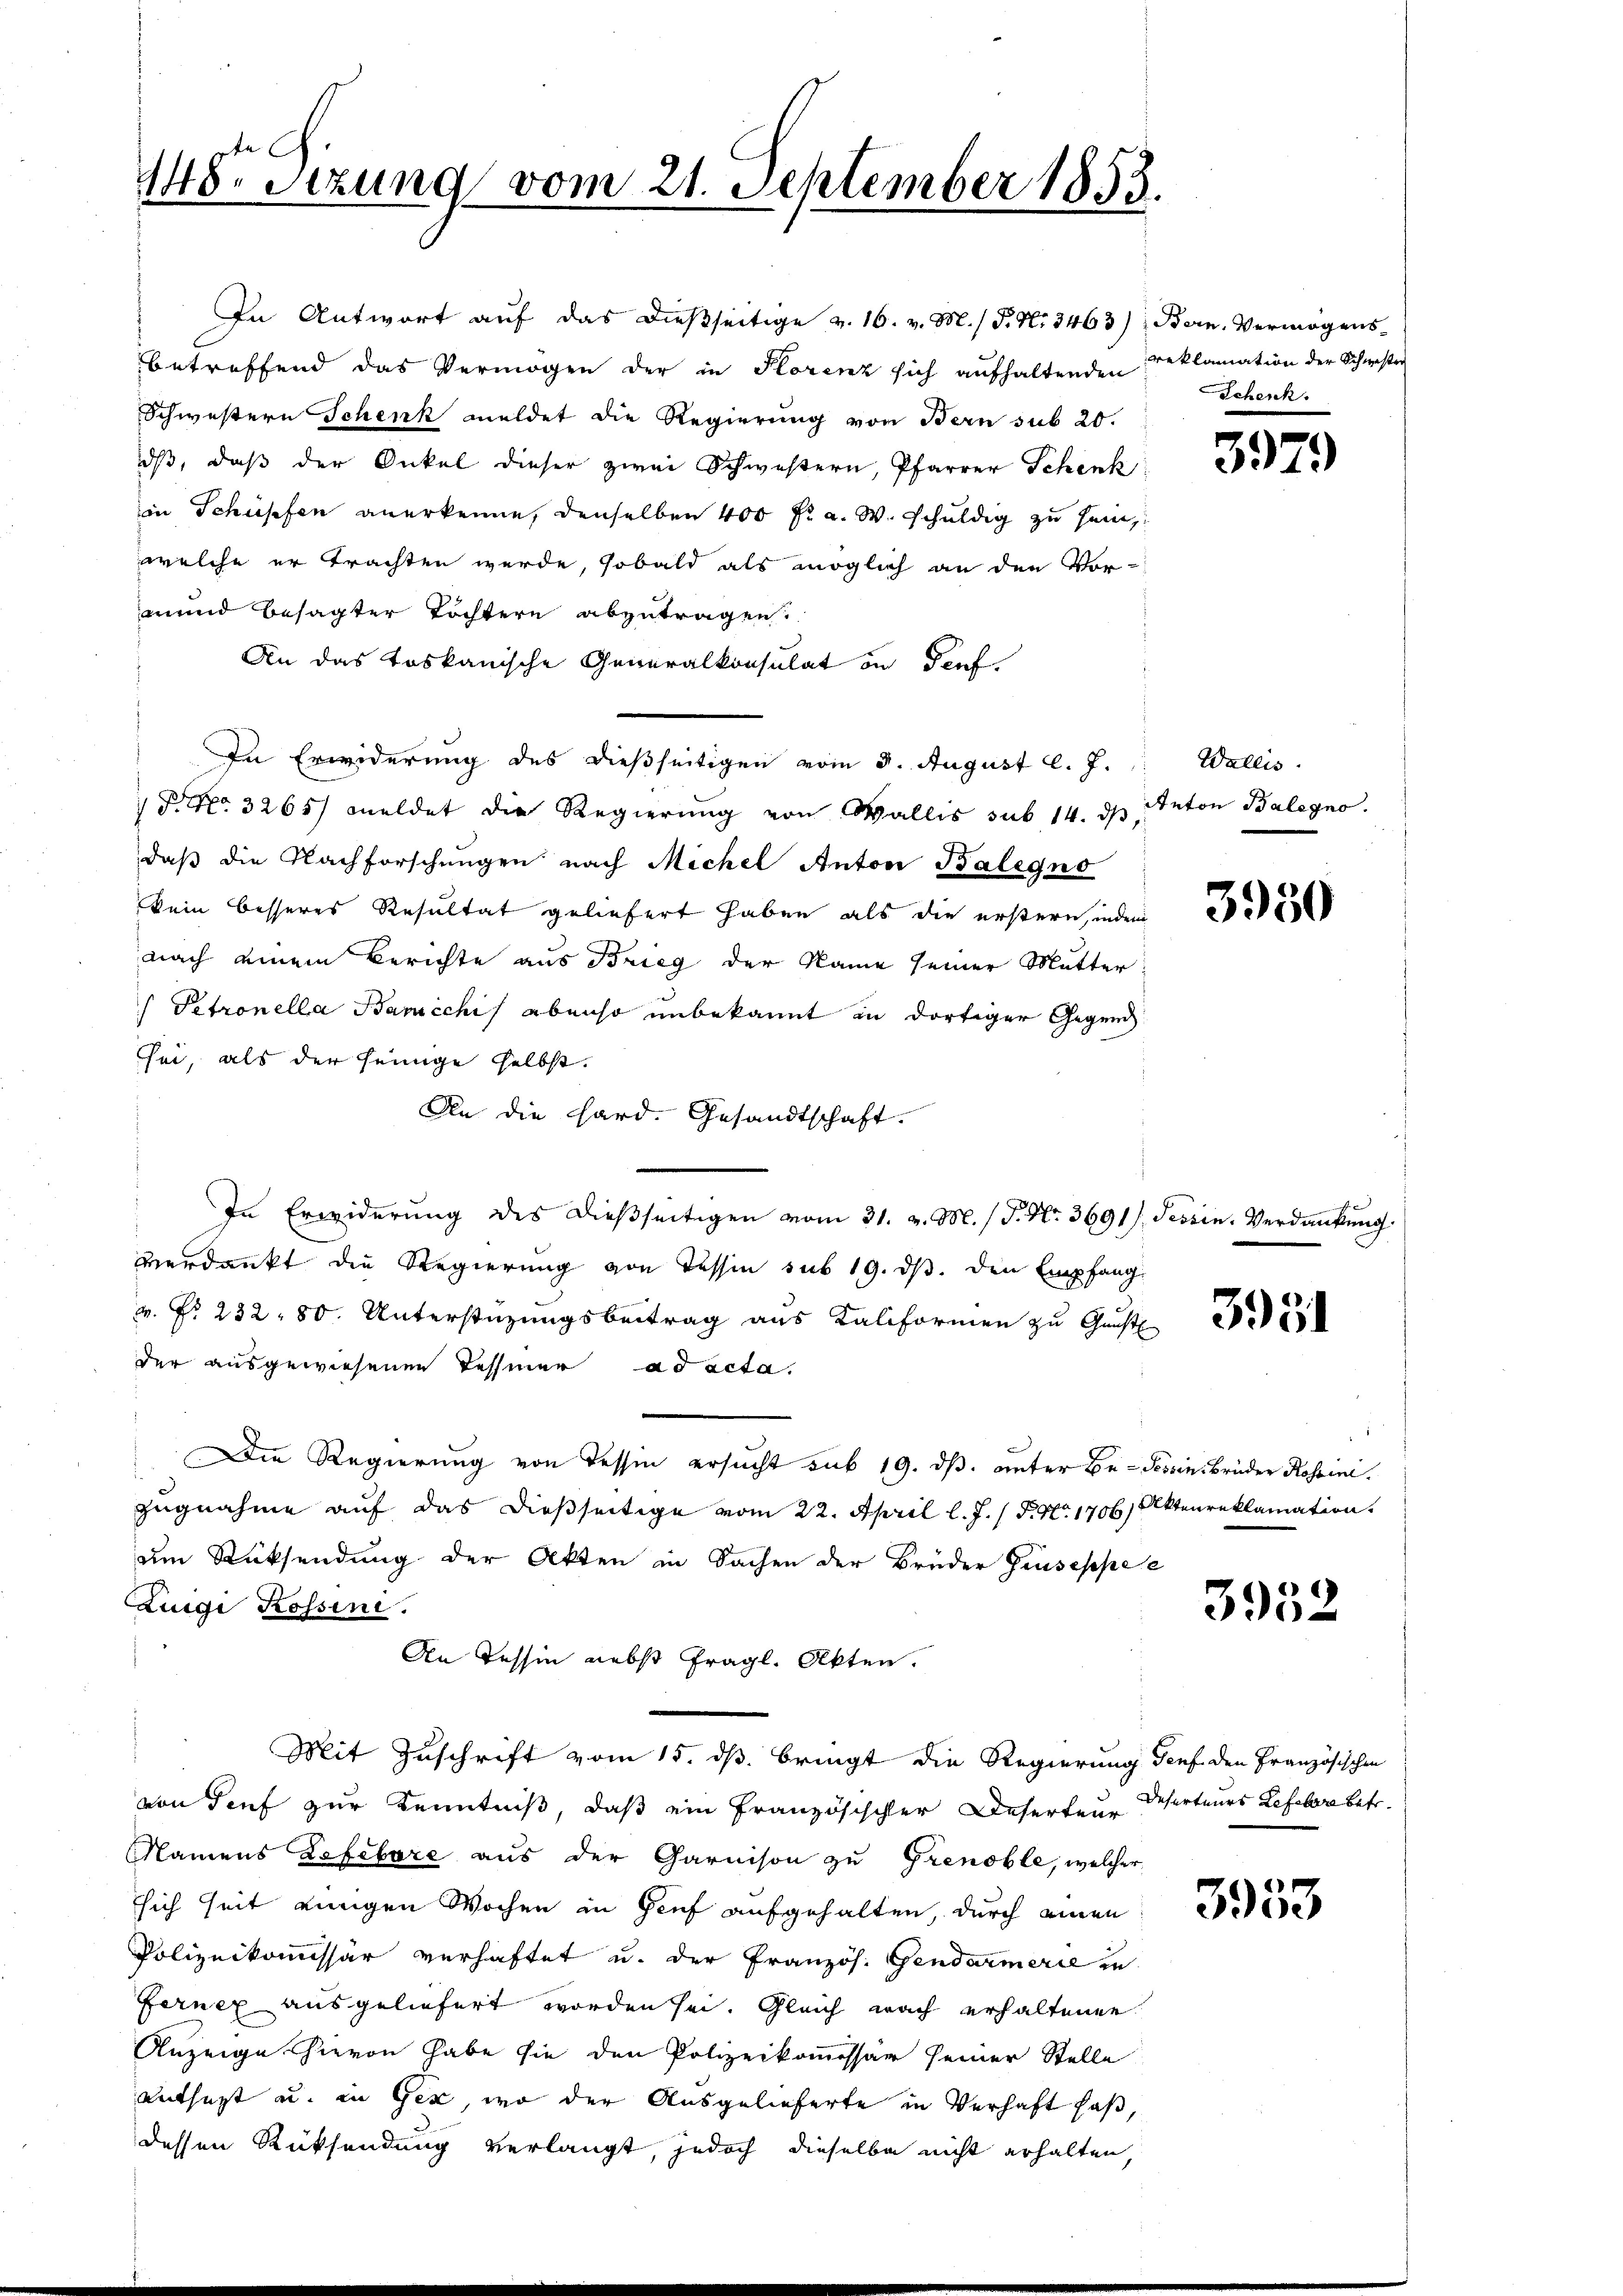
148. Sezung vom 21. September 1853.

In Antwort auf das dießseitige v. 16. v. M. P. Nr. 3463) Bern, Vermögens-
betreffend das Vermögen der in Florenz sich aufhaltenden
Schwestern Schenk meldet die Regierung von Bern sub 20.
dß, daß der Onkel dieser zwei Schwestern, Pfarrer Schenk
in Schüssen anerkenne, denselben 400 fr. a. W. schuldig zu sein,
welche er trachten werde, sobald als möglich an den Vor-
mend besagter Töchtern abzutragen.
An das toskanische Generalkonsulat in Teuf
In Erwiderung des dießseitigen vom 3. August l. J. Wallis.
1 Fr. 3265) meldet die Regierung von Wallis sub 14. ds Anton Balegno.
daß die Nachforschungen nach Michel Anton Balegno
kein besseres Resultat geliefert haben als die erstern, indem
nach einem Berichte aus Brieg der Name seiner Mutter
Petronella Bancchi ebenso unbekannt in dortiger Gegend
sei, als der seinige selbst.
An die Hard. Gesandtschaft.
In Erwiderung des dießseitigen vom 31. v. M. / P. Nr. 3691/
verdankt die Regierung von Tessin sub 19. ds. den Empfang
v. Nr. 232. 80. Unterstüzungsbeitrag aus Kaliformen zu Gunst
der ausgewiesenen Tessiner ad acta.
Die Regierung von Tessin ersucht sub 19. dß. unter Be- Tessin Brüder Rossini.
zugnahme auf das dießseitige vom 22. April l. J. / P. Nr. 1706, Aktenreklamation
um Rücksendung der Akten in Sachen der Brüder Geiseppe e
Luigi Rossini.
An Tessin nebst fragl. Akten.
Mit Zuschrift vom 15. dß. bringt die Regierung Genf den Französischen
von Teuf zur Kenntniß, daß ein Französischer Deserteur Deserteurs Lefelbar betr.
Namens Lefebare aus der Garnison zu Grenoble, welcher
ssich seit einigen Wochen in Genf aufgehalten, durch einen
Polizeikommissär verhaftet u. der Französ. Gendarmerie in
Fernex ausgeliefert worden sei. Gleich nach erhaltenen
Anzeige hievon habe sie den Polizeikommessar seiner Stelle
entsagt u. in Gex, wo der Ausgelieferte in Verhaft haß,
dessen Rücksendung verlangt, jedoch dieselbe nicht erhalten,

reklamation der Schwester
Scheich.

3979

3950

Tessin. Verdankung

395

3952

3953